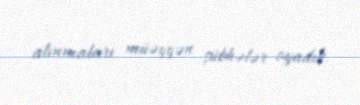
alınmaları müəyyən şübhələr oyadıb.